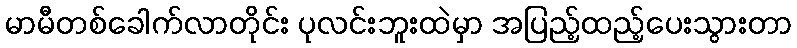
မာမီတစ်ခေါက်လာတိုင်း ပုလင်းဘူးထဲမှာ အပြည့်ထည့်ပေးသွားတာ